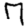
Digit: 7